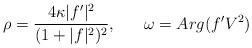
LaTeX: \begin{align*}\rho = { {4 \kappa | f^{\prime} |^{2} } \over { (1 + | f |^{2} )^{2} } },{}~~~~~\omega = Arg(f^{\prime}V^{2})\end{align*}